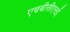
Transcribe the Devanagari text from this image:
एचबीसीएसई